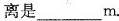
离是___m.